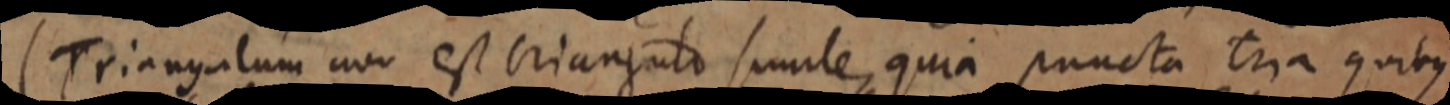
(Triangulum non est triangulo simile, quia puncta tria quibus